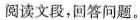
阅读文段，回答问题。